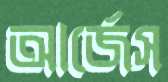
আর্জেস